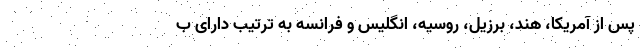
پس از آمریکا، هند، برزیل، روسیه، انگلیس و فرانسه به ترتیب دارای ب